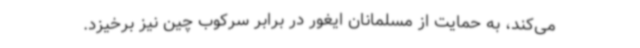
می‌کند، به حمایت از مسلمانان ایغور در برابر سرکوب چین نیز برخیزد.